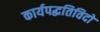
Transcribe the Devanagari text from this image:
कार्यपद्धतिविदों